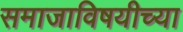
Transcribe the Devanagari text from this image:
समाजाविषयीच्या